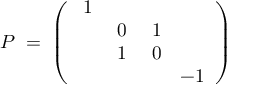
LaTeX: P \; = \; \left( \begin{array} { c c c c } { { \; 1 } } & { { } } & { { } } & { { } } \\ { { } } & { { \; 0 } } & { { \; 1 } } & { { } } \\ { { } } & { { \; 1 } } & { { \; 0 } } & { { } } \\ { { } } & { { } } & { { } } & { { - 1 } } \end{array} \right)